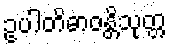
ဥပါတိဓာဝန္တိသုတ္တ